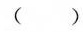
()